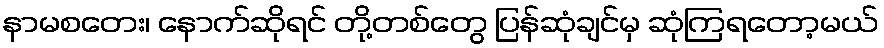
နာမစတေး၊ နောက်ဆိုရင် တို့တစ်တွေ ပြန်ဆုံချင်မှ ဆုံကြရတော့မယ်